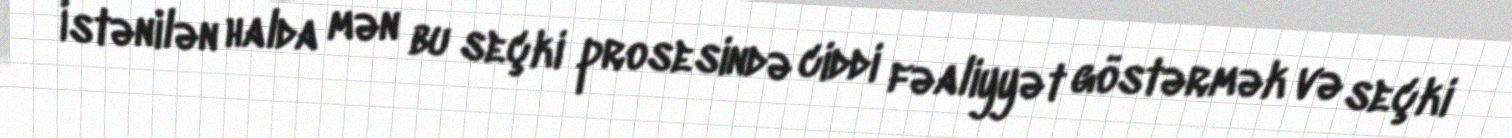
İstənilən halda mən bu seçki prosesində ciddi fəaliyyət göstərmək və seçki